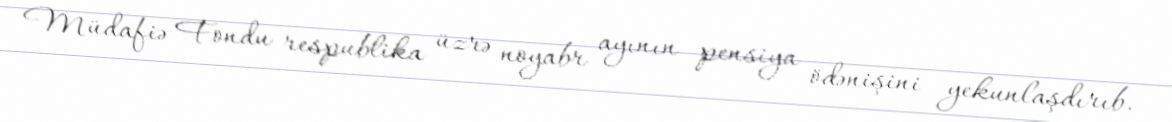
Müdafiə Fondu respublika üzrə noyabr ayının pensiya ödənişini yekunlaşdırıb.